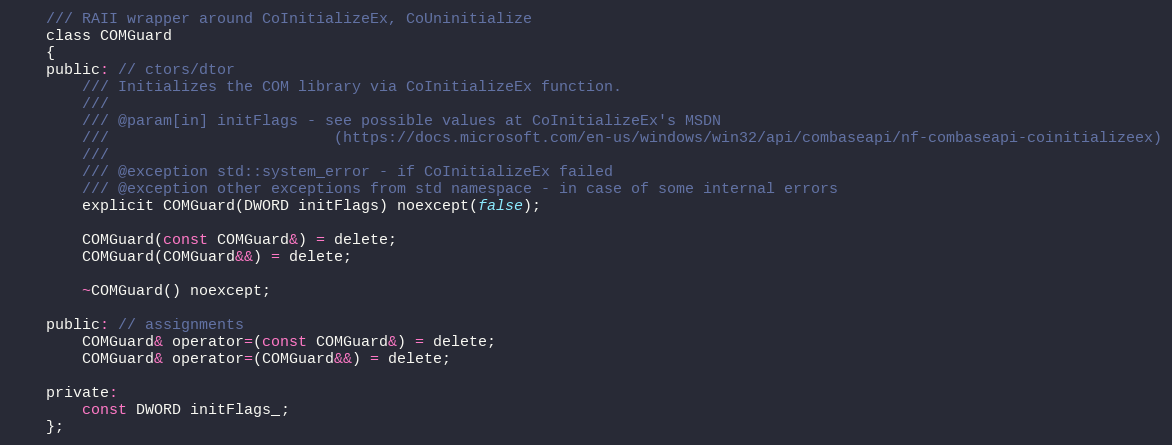
Language: C
    /// RAII wrapper around CoInitializeEx, CoUninitialize
    class COMGuard
    {
    public: // ctors/dtor
        /// Initializes the COM library via CoInitializeEx function.
        ///
        /// @param[in] initFlags - see possible values at CoInitializeEx's MSDN
        ///                         (https://docs.microsoft.com/en-us/windows/win32/api/combaseapi/nf-combaseapi-coinitializeex)
        ///
        /// @exception std::system_error - if CoInitializeEx failed
        /// @exception other exceptions from std namespace - in case of some internal errors
        explicit COMGuard(DWORD initFlags) noexcept(false);

        COMGuard(const COMGuard&) = delete;
        COMGuard(COMGuard&&) = delete;

        ~COMGuard() noexcept;

    public: // assignments
        COMGuard& operator=(const COMGuard&) = delete;
        COMGuard& operator=(COMGuard&&) = delete;

    private:
        const DWORD initFlags_;
    };